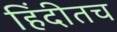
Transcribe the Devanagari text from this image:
हिंदीतच